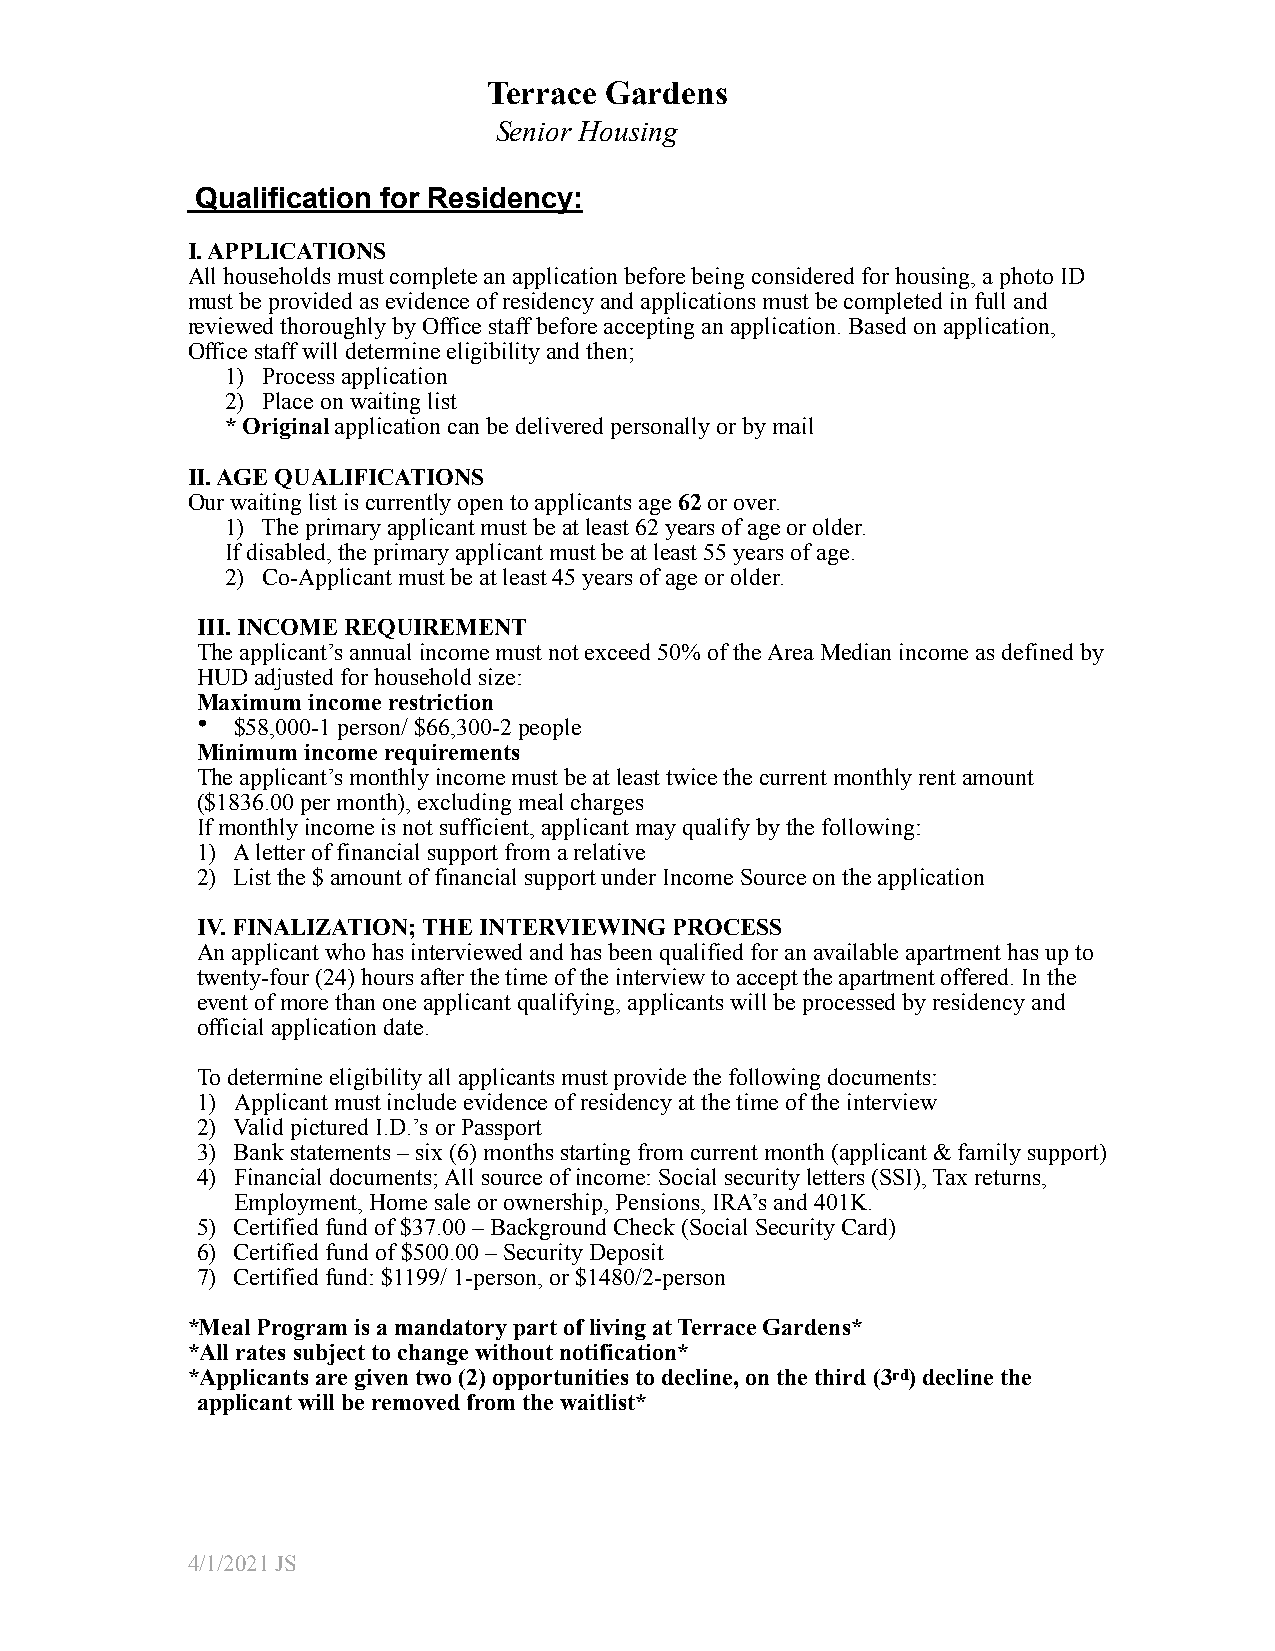
Terrace Gardens
 Senior Housing
 Qualification for Residency:
 I. APPLICATIONS
 All households must complete an application before being considered for housing, a photo ID
 must be provided as evidence of residency and applications must be completed in full and
 reviewed thoroughly by Office staff before accepting an application. Based on application,
 Office staff will determine eligibility and then;
 1) Process application
 2) Place on waiting list
 * Original application can be delivered personally or by mail
 II. AGE QUALIFICATIONS
 Our waiting list is currently open to applicants age 62 or over.
 1) The primary applicant must be at least 62 years of age or older.
 If disabled, the primary applicant must be at least 55 years of age.
 2) Co-Applicant must be at least 45 years of age or older.
 III. INCOME REQUIREMENT
 The applicant’s annual income must not exceed 50% of the Area Median income as defined by
 HUD adjusted for household size:
 Maximum income restriction
 •  $58,000-1 person/ $66,300-2 people
 Minimum income requirements
 The applicant’s monthly income must be at least twice the current monthly rent amount
 ($1836.00 per month), excluding meal charges
 If monthly income is not sufficient, applicant may qualify by the following:
 1) A letter of financial support from a relative
 2) List the $ amount of financial support under Income Source on the application
 IV. FINALIZATION; THE INTERVIEWING PROCESS
 An applicant who has interviewed and has been qualified for an available apartment has up to
 twenty-four (24) hours after the time of the interview to accept the apartment offered. In the
 event of more than one applicant qualifying, applicants will be processed by residency and
 official application date.
 To determine eligibility all applicants must provide the following documents:
 1) Applicant must include evidence of residency at the time of the interview
 2) Valid pictured I.D.’s or Passport
 3) Bank statements – six (6) months starting from current month (applicant & family support)
 4) Financial documents; All source of income: Social security letters (SSI), Tax returns,
 Employment, Home sale or ownership, Pensions, IRA’s and 401K.
 5) Certified fund of $37.00 – Background Check (Social Security Card)
 6) Certified fund of $500.00 – Security Deposit
 7) Certified fund: $1199/ 1-person, or $1480/2-person
 *Meal Program is a mandatory part of living at Terrace Gardens*
 *All rates subject to change without notification*
 *Applicants are given two (2) opportunities to decline, on the third (3rd) decline the
 applicant will be removed from the waitlist*
 4/1/2021 JS